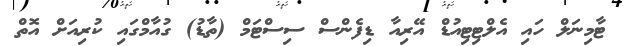
ޓާމިނަލް ހައި އެލްޓިޓިއުޑް އޭރިއާ ޑިފެންސް ސިސްޓަމް (ތާޑު) ގުއާމްގައި ކުރިއަށް އޮތް